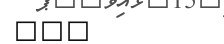
١٩٧